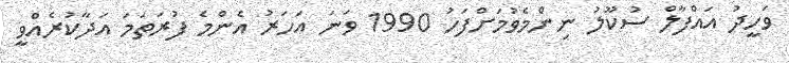
ވަހީދު އައްފާލް ސުކޫލު ނިންމެވުމަށްފަހު 1990 ވަަނަ އަހަރު އެންމެ ފުރަތަމަ އަދާކުރެއްވީ